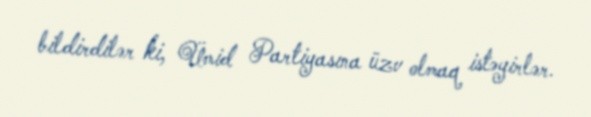
bildirdilər ki, Ümid Partiyasına üzv olmaq istəyirlər.